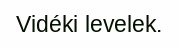
Vidéki levelek.